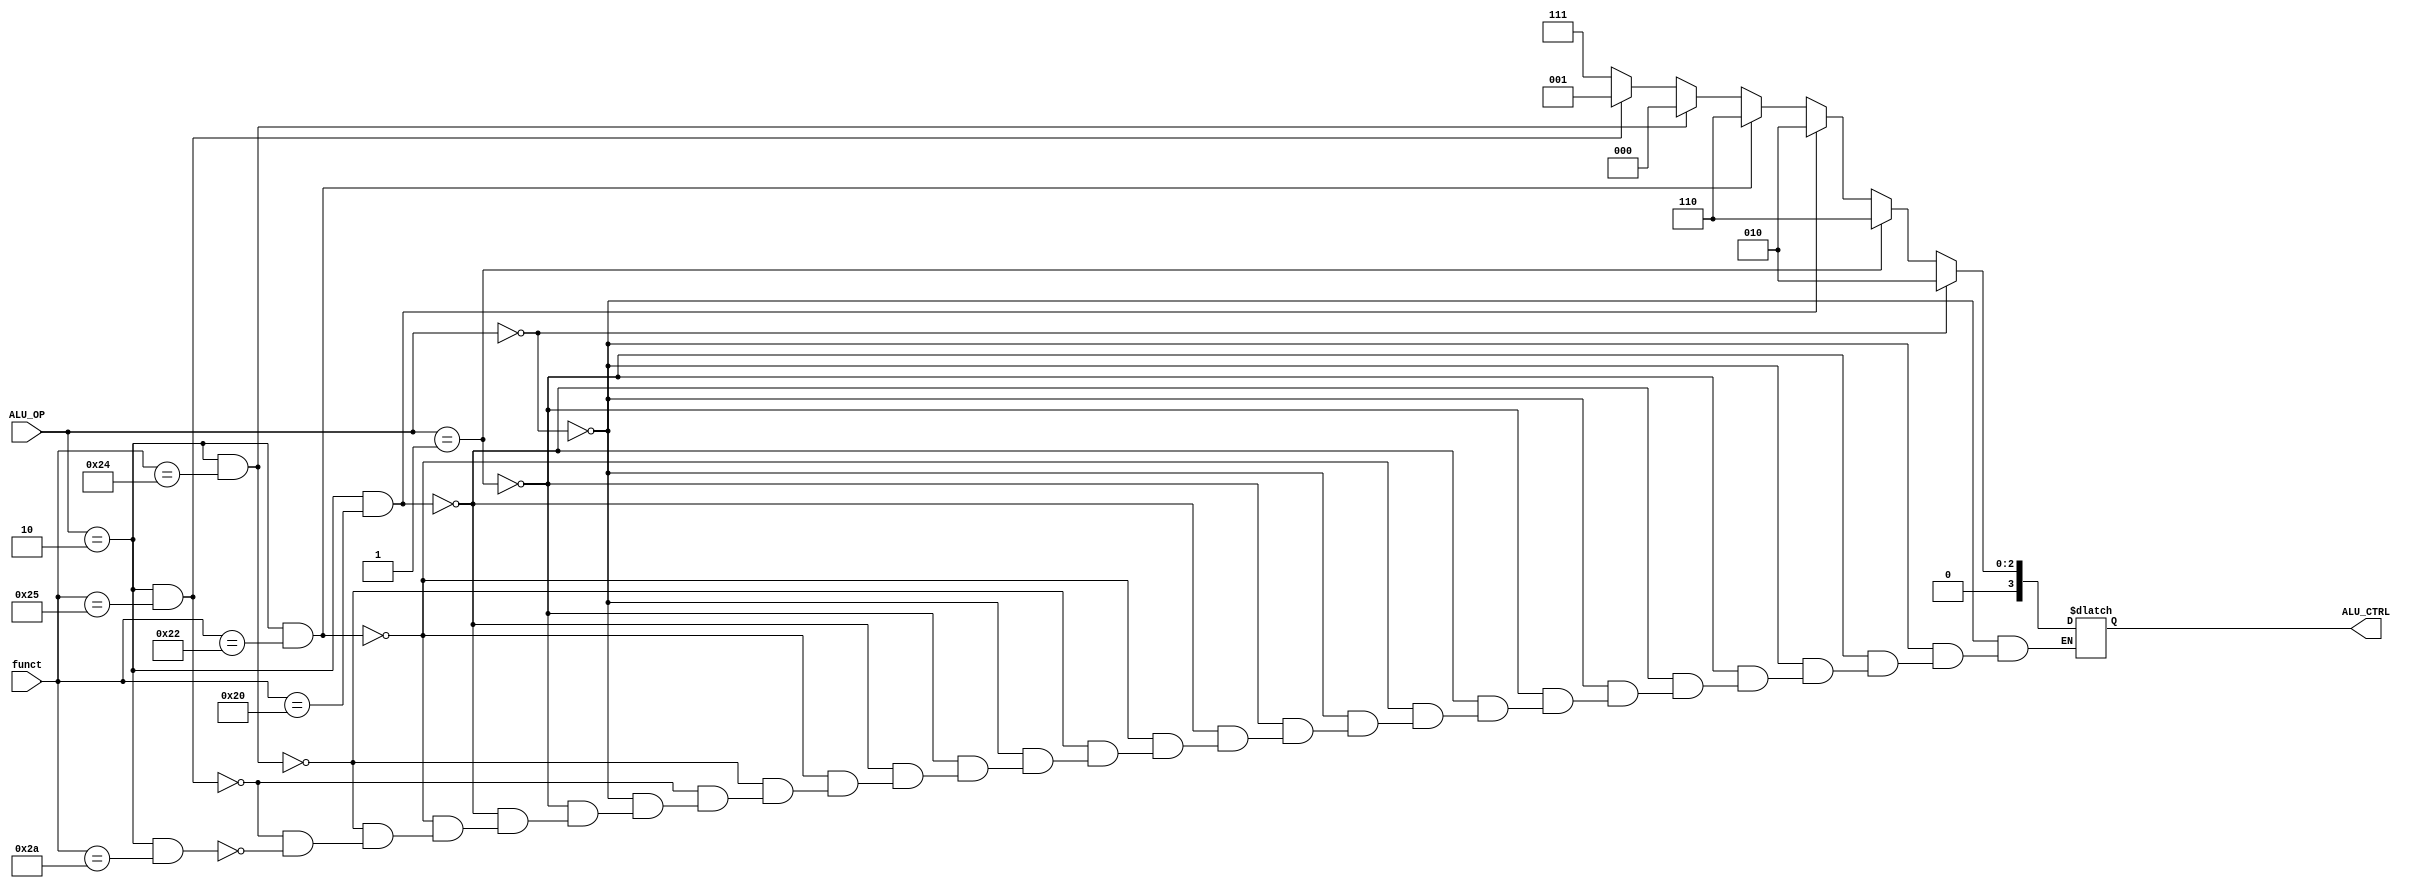
`timescale 1ns / 1ps

module ALU_ctrl( funct, ALU_OP,ALU_CTRL );

    input [5:0] funct;
    input [1:0] ALU_OP;
    output [3:0]ALU_CTRL;


    reg [3:0]ALU_CTRL;
    /* add your design */ 
    //assign  funct[5:0] = 6'b100000;
    //assign  ALU_OP[1:0] = 2'b10;
    //ALU_CTRL[3:0] = 4'b0011;





    always @(funct or ALU_OP)
    begin 
       if(ALU_OP[1:0] == 2'b00)
       begin
          ALU_CTRL[3:0] = 4'b0010;
       end

       else if(ALU_OP[1:0] == 2'b01)
       begin
          ALU_CTRL[3:0] = 4'b0110;
       end

       else if(ALU_OP[1:0] == 2'b10 && funct[5:0] == 6'b100000)
       begin
          ALU_CTRL[3:0] = 4'b0010;
       end

       else if(ALU_OP[1:0] == 2'b10 && funct[5:0] == 6'b100010)
       begin
          ALU_CTRL[3:0] = 4'b0110;
       end

       else if(ALU_OP[1:0] == 2'b10 && funct[5:0] == 6'b100100)
       begin
          ALU_CTRL[3:0] = 4'b0000;
       end

       else if(ALU_OP[1:0] == 2'b10 && funct[5:0] == 6'b100101)
       begin
          ALU_CTRL[3:0] = 4'b0001;
       end

       else if(ALU_OP[1:0] == 2'b10 && funct[5:0] == 6'b101010)
       begin
          ALU_CTRL[3:0] = 4'b0111;
       end
    end

endmodule